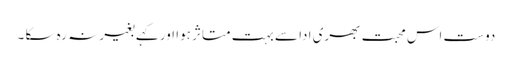
دوست اس محبت بھری ادا سے بہت متاثر ہوا اور کہے بغیر نہ رہ سکا ۔